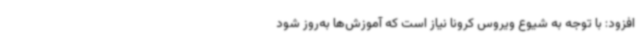
افزود: با توجه به شیوع ویروس کرونا نیاز است که آموزش‌ها به‌روز شود